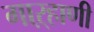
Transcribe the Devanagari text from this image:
गाऱ्हाणी